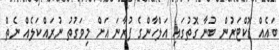
ބައެއް ޑޮކްޓަރުން ބުނާ ގޮތުގައި އަލްހާންގެ ފުރާނަ އަށް މިވަގުތު ނުރައްކަލެއް ނެތް